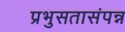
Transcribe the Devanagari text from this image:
प्रभुसतासंपन्न